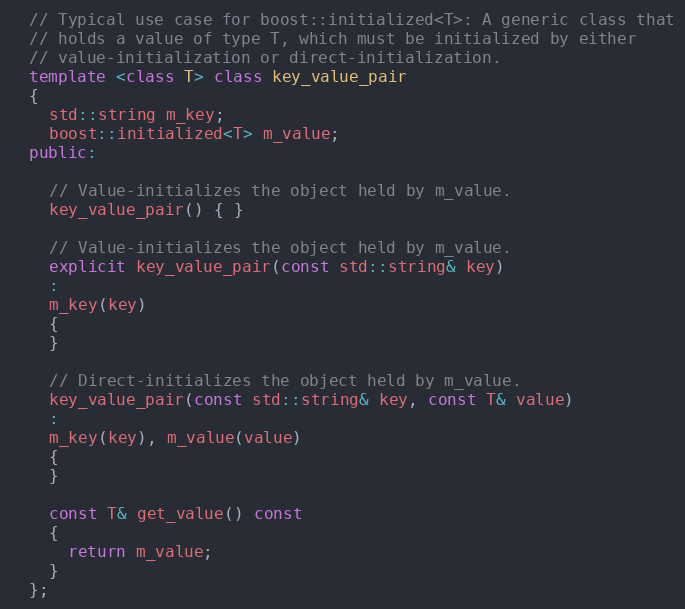
Language: C++
  // Typical use case for boost::initialized<T>: A generic class that
  // holds a value of type T, which must be initialized by either
  // value-initialization or direct-initialization.
  template <class T> class key_value_pair
  {
    std::string m_key;
    boost::initialized<T> m_value;
  public:

    // Value-initializes the object held by m_value.
    key_value_pair() { }

    // Value-initializes the object held by m_value.
    explicit key_value_pair(const std::string& key)
    :
    m_key(key)
    {
    }

    // Direct-initializes the object held by m_value.
    key_value_pair(const std::string& key, const T& value)
    :
    m_key(key), m_value(value)
    {
    }

    const T& get_value() const
    {
      return m_value;
    }
  };